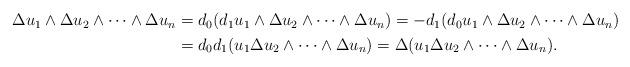
LaTeX: \begin{align*}\begin{aligned}\Delta u_1\wedge\Delta u_2\wedge \dots\wedge\Delta u_n&=d_0(d_1u_1\wedge\Delta u_2\wedge \dots\wedge\Delta u_n)=-d_1(d_0u_1\wedge\Delta u_2\wedge \dots\wedge\Delta u_n)\\&=d_0d_1(u_1\Delta u_2\wedge \dots\wedge\Delta u_n)=\Delta(u_1\Delta u_2\wedge \dots\wedge\Delta u_n).\end{aligned}\end{align*}